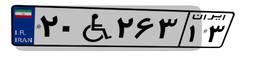
۷۰W۱۱۵۰۶